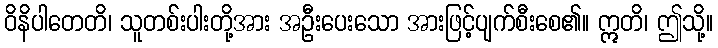
ဝိနိပါတေတိ၊ သူတစ်းပါးတို့အား အဦးပေးသော အားဖြင့်ပျက်စီးစေ၏။ ဣတိ၊ ဤသို့။